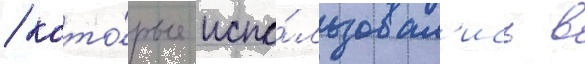
/ кото́рые испо́льзовал'ись в